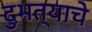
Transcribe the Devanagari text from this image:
दुभत्याचे